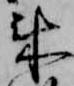
来